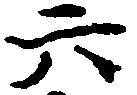
六